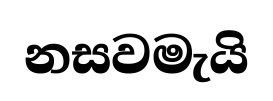
නසවමැයි